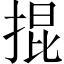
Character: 掍